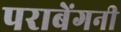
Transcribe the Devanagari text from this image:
पराबेंगनी